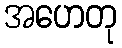
အဟေတု